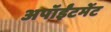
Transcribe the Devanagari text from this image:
अपॉईंटमेंट